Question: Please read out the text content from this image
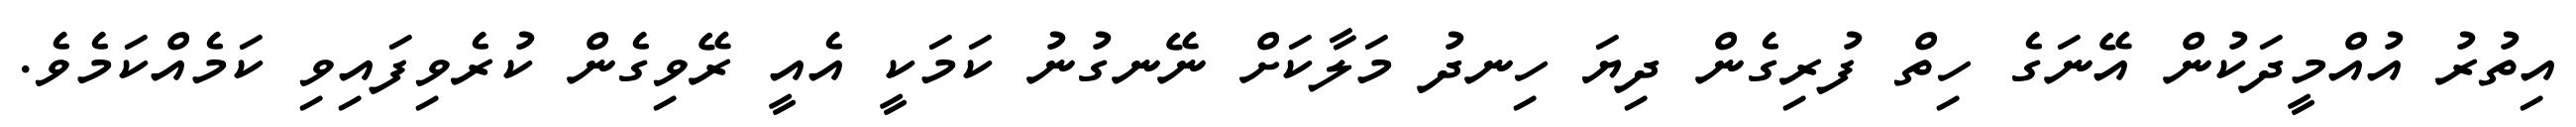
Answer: އިތުރު އުއްމީދަކުން އޭނަގެ ހިތް ފުރިގެން ދިޔަ ހިނދު މަލާކަށް ނޭނގުނު ކަމަކީ އެއީ ރޭވިގެން ކުރެވިފައިވި ކަމެއްކަމެވެ.